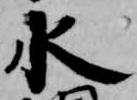
水